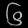
Digit: ၆